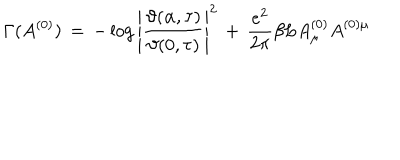
\Gamma ( A ^ { ( 0 ) } ) \, = \, - \log \left| \frac { \vartheta ( \alpha , \tau ) } { \vartheta ( 0 , \tau ) } \right| ^ { 2 } \, + \, \frac { e ^ { 2 } } { 2 \pi } \beta L { A } _ { \mu } ^ { ( 0 ) } { A } ^ { ( 0 ) \mu }